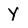
Character: y